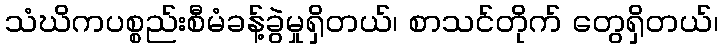
သံဃိကပစ္စည်းစီမံခန့်ခွဲမှုရှိတယ်၊ စာသင်တိုက် တွေရှိတယ်၊